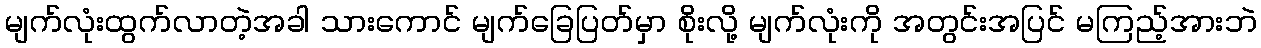
မျက်လုံးထွက်လာတဲ့အခါ သားကောင် မျက်ခြေပြတ်မှာ စိုးလို့ မျက်လုံးကို အတွင်းအပြင် မကြည့်အားဘဲ